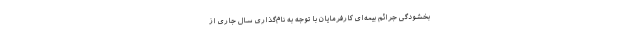
بخشودگی جرائم بیمه‌ای کارفرمایان با توجه به نام‌گذاری سال جاری از